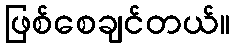
ဖြစ်စေချင်တယ်။